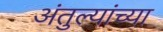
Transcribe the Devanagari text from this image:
अंतुल्यांच्या